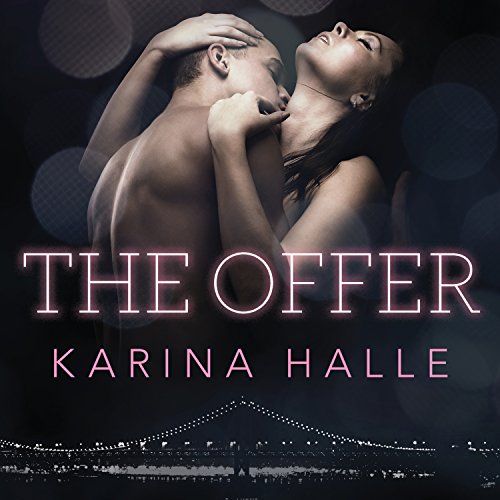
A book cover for The Offer; Karina Halle; Romance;